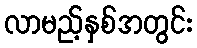
လာမည့်နှစ်အတွင်း